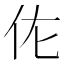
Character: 𬽩